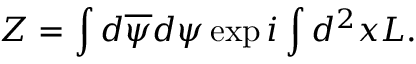
Z = \int d \overline { { { \psi } } } d \psi \exp i \int d ^ { 2 } x { \cal L } .